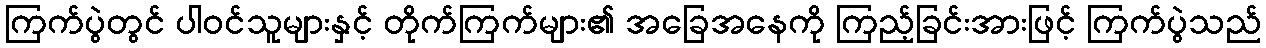
ကြက်ပွဲတွင် ပါဝင်သူများနှင့် တိုက်ကြက်များ၏ အခြေအနေကို ကြည့်ခြင်းအားဖြင့် ကြက်ပွဲသည်